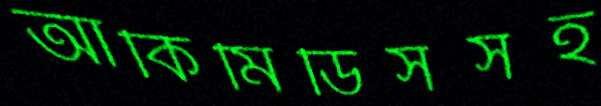
আর্কিমিডিসসহ